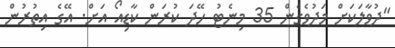
"ދުވާލަކަށް މަދުވެގެން 35 މިނެޓު ހޭދަ ކުރަން ކާޑިއޯ އަށް. އޭގެ އިތުރުން